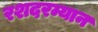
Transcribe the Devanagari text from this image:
रशदरम्यान